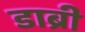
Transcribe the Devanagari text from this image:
डाब्री